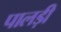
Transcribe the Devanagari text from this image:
पालड़ी